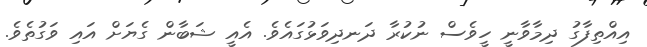
އިއްތިފާގު ދިމާވާނީ ހީވެސް ނުކުރާ ދަނދިވަޅުގައެވެ. އެއީ ޝަބާން ގެޔަށް އައި ވަގުތެވެ.